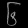
Digit: ၆